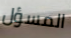
المسؤل